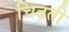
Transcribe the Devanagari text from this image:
चिढ़ती